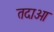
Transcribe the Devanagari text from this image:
तदाओ